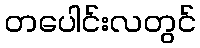
တပေါင်းလတွင်